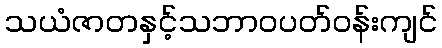
သယံဇာတနှင့်သဘာဝပတ်ဝန်းကျင်